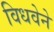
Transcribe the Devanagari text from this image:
विधवेने